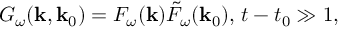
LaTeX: G _ { \omega } ( { \mathbf k } , { \mathbf k } _ { 0 } ) = { \cal F } _ { \omega } ( { \mathbf k } ) \tilde { \cal F } _ { \omega } ( { \mathbf k } _ { 0 } ) , \, t - t _ { 0 } \gg 1 ,